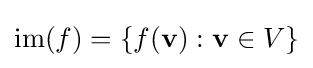
\operatorname {im} (f)=\{f(\mathbf {v} ):\mathbf {v} \in V\}